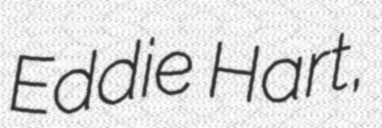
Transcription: Eddie Hart,